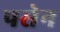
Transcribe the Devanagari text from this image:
पसेन